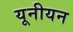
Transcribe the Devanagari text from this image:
यूनीयन